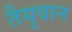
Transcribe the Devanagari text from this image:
तैयुवान